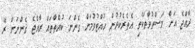
ރާއްޖެ އަށް މަސްތުވާތަކެތި އެތެރެކުރުން ހުއްޓުވުމަށް ގެންނަ ކުއްތާތައް ރާއްޖެ ގެންނަން ރޭ